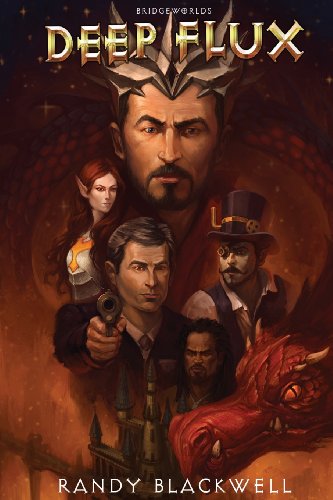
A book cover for Bridge Worlds: Deep Flux; Randy Jr. Blackwell; Science Fiction & Fantasy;